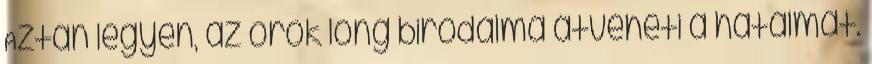
Aztán legyen, az örök long birodalma átveheti a hatalmat.